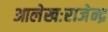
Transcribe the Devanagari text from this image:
आलेखःराजेन्द्र